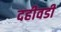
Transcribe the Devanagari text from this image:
दहीवडी